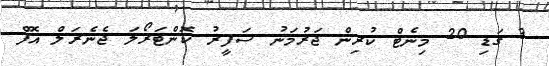
3 ގަޑި 20 މިނެޓް ކުރިން ޖަރުމަނު ސަފީރު ކޮންޓަރޯލަ ޖެނެރަލް އޮފް